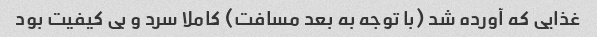
غذایی که آورده شد (با توجه به بعد مسافت) کاملا سرد و بی کیفیت بود